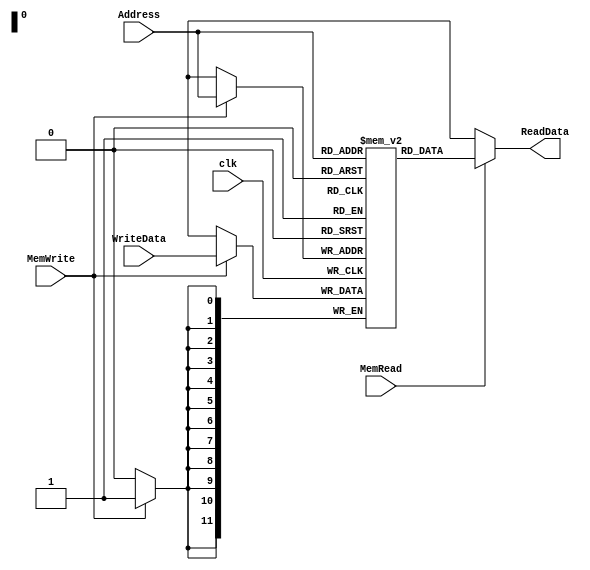
module Memory(input clk,input [11:0]Address,input [11:0] WriteData,input MemWrite,MemRead,output reg[11:0] ReadData);
  reg [11:0] mem[4095:0];
  initial begin
    mem[100] = 12'd99;
    mem[110] = 12'd109;
    mem[109] = 12'd8;
    mem[99] = 12'd70;
    mem[70] = 12'd17;
    mem[65] = 12'b111010000000; //CLA
    mem[66] = 12'b000101101110; // ACC <-ACC + ((110))
    mem[67] = 12'b111000000001; // increment ACC
    mem[68] = 12'b100111000000; // jump (64)

    mem[119]= 12'b111000000100; // Rot left
    mem[120]= 12'b100000000101; // jump 5
    mem[121]= 12'b100000010010; // jump 18

    mem[0] = 12'b000111100100 ;//{CY, Acc} <- Acc + (100)
    mem[1] = 12'b000011100100 ;//Acc  <- Acc + (100)
    mem[2] = 12'b010101100011 ;// ((99)) <- ((99)) + 1  != zero
    mem[3] = 12'b010001000110 ;// (70) <- (70) +1 == zero
    //mem[3] = 12'b011111100011 ;// ((99)) <- Acc, Acc <- 0
    mem[4] = 12'b100001110111 ;// Jump to 120th word of page 0 (which is jmp to 5)
    mem[5] = 12'b111010000000 ;// clear Acc
    mem[6] = 12'b111001000000 ;// clear CY
    mem[7] = 12'b111000100000 ;//Complement Acc
    mem[8] = 12'b111000001000 ;// Rotate Acc and CY right
    mem[9] = 12'b111000010000 ;// Complement CY
    mem[10]= 12'b111000000100 ;// Rotate left
    mem[11]= 12'b111000000001 ;// Increment Acc
    mem[12]= 12'b111110000000 ;// Skip on minus Acc (will be taken)
    mem[13]= 12'b111010000000 ;// clear Acc
    mem[14]= 12'b111101000000 ;// Skip on zero Acc (won't be taken)
    mem[15]= 12'b111100100000 ;// Skip on nonzero CY (won't be taken)
    mem[16]= 12'b111000100000 ;// Complement ACC
    mem[17]= 12'b101001111000 ;//jms to 120
    mem[18]= 12'b111000000100 ;//rotate left
    mem[19]= 12'b011001100100 ;// (100) <- ACC  Acc <- 0
    mem[20]= 12'b101001000000 ;//jms 64
    mem[21]= 12'b111101000000 ;//skip on zero Acc (not taken)
    mem[22]= 12'b111010000000 ;//CLA
    mem[23]= 12'b111101000000 ;// skip on zero ACC
    mem[24]= 12'b111000100000 ;// CMA
    mem[25]= 12'b111000100000 ;// CMA
    mem[26]= 12'b111110000000 ;// skip on minus
    mem[27]= 12'b100001111111 ;// fake jump
    mem[28]= 12'b111010000000 ;// CLA*/


  end
  always@(*)
      ReadData=(MemRead)? mem[Address]:'x;
  always@(posedge clk)
  if(MemWrite)
    mem[Address]<=WriteData;
endmodule